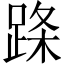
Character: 𬦹